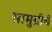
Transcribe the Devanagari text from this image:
सामुग्रीचे